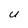
Character: U